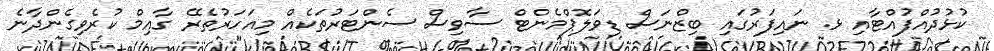
ކުޅުދުއްފުއްޓާއި ޅ. ނައިފަރުގައި ބިޒްނަސް ޑިވަލޮޕްމެންޓް ސާވިސް ސެންޓަރުތަކެއް މިއަހަރުތެރޭ ގާއިމް ކުރެވިގެންދާނެ